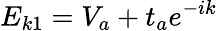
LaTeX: E_{k1}=V_{a}+t_{a}e^{-ik}